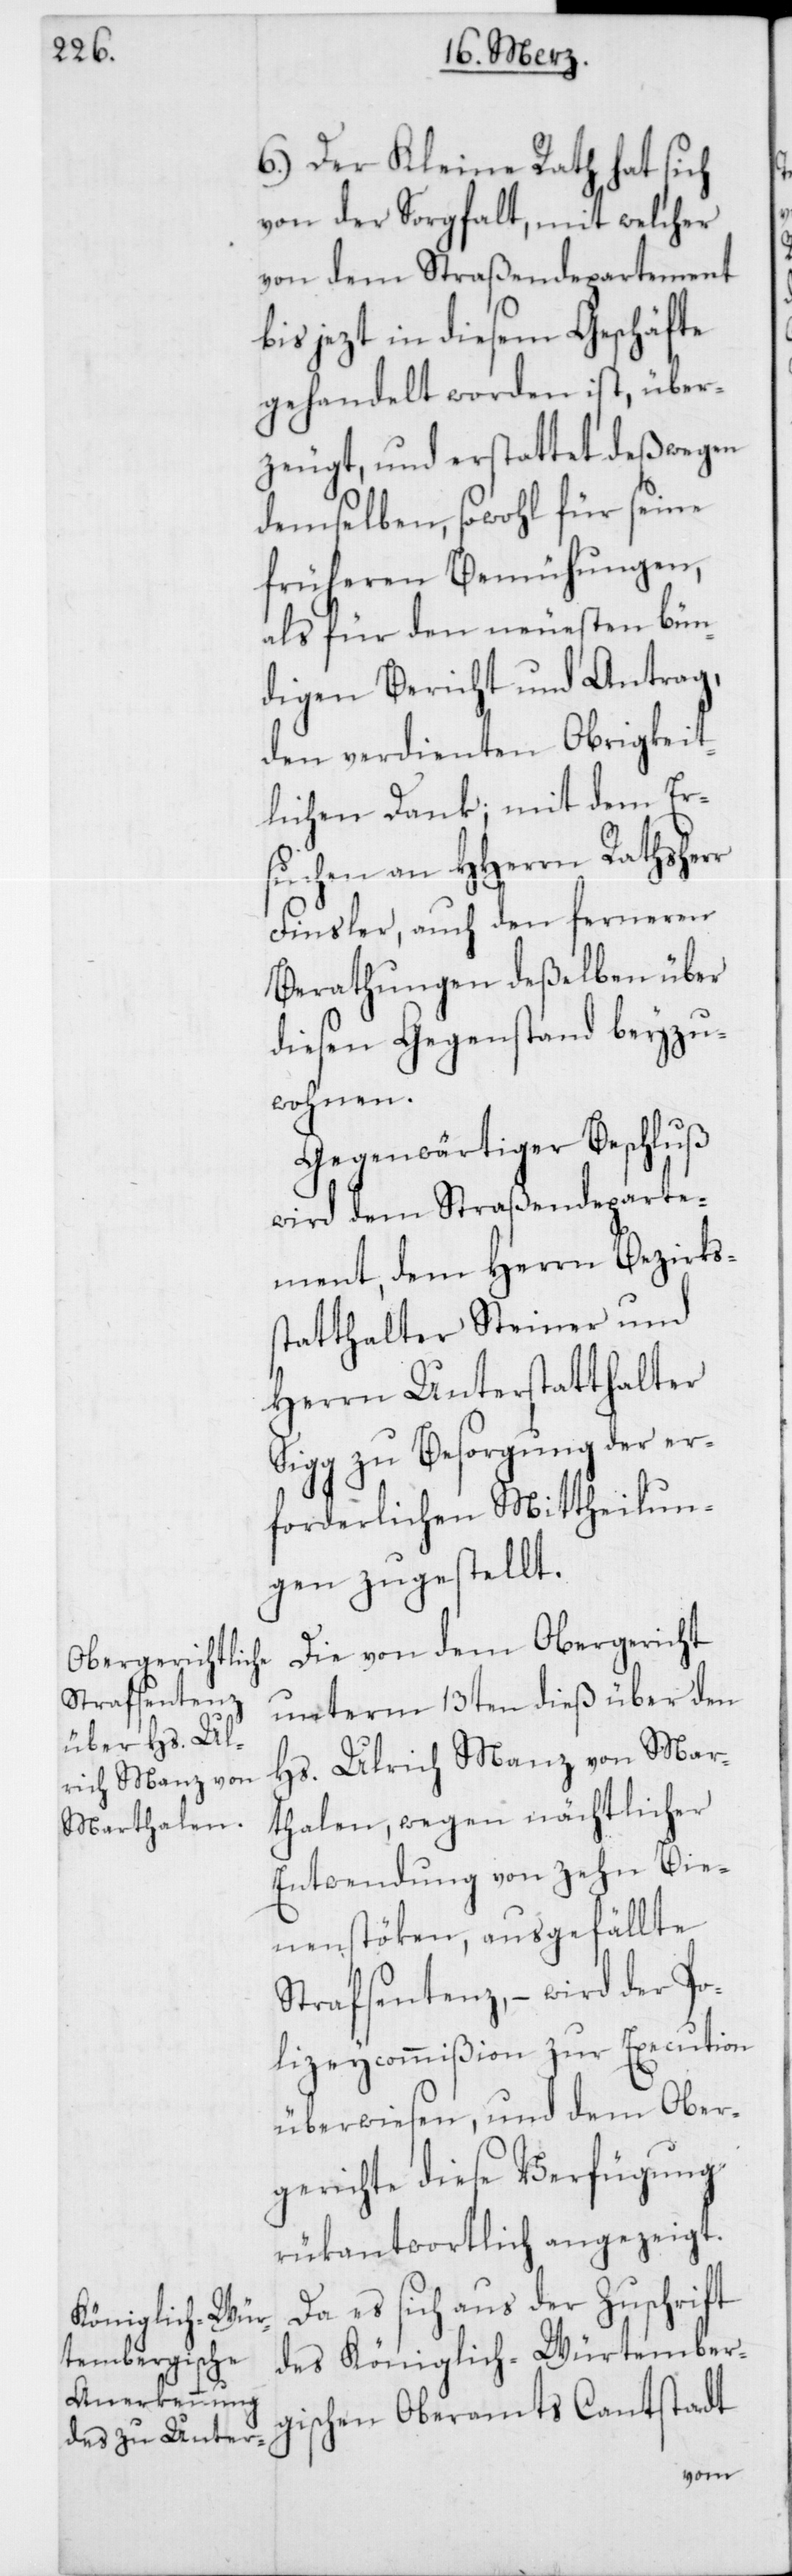
6.) Der Kleine Rath hat sich
von der Sorgfalt, mit welcher
von dem Straßendepartement
bis jezt in diesem Geschäfte
gehandelt worden ist, über¬
zeugt, und erstattet deßwegen
demselben, sowohl für seine
früheren Bemühungen,
als für den neuesten bün¬
digen Bericht und Antrag,
den verdienten Obrigkeit¬
lichen Dank; mit dem Er¬
suchen an HHerrn Rathsherr
Finsler, auch den ferneren
Berathungen deßelben über
diesen Gegenstand beyzu¬
wohnen.
Gegenwärtiger Beschluß
wird dem Straßendeparte¬
ment, dem Herrn Bezirks¬
statthalter Steiner und
Herrn Unterstatthalter
Sigg zu Besorgung der er¬
forderlichen Mittheilun¬
gen zugestellt.
Die von dem Obergericht
unterm 13ten dieß über den
Hs. Ulrich Manz von Mar¬
thalen, wegen nächtlicher
Entwendung von zehn Bie¬
nenstöken, ausgefällte
Strafsentenz, – wird der Po¬
lizeycommißion zur Execution
überwiesen, und dem Ober¬
gerichte diese Verfügung
rükantwortlich angezeigt.
Da es sich aus der Zuschrift
des Königlich-Würtemberg¬
ischen Oberamts Cantstadt